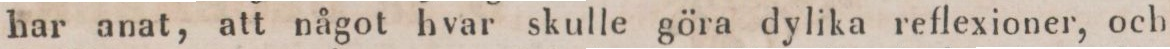
har anat, att något hvar skulle göra dylika reflexioner, och